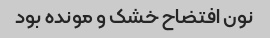
نون افتضاح خشک و مونده بود